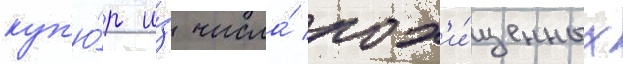
куп'ю́р и́з числа́ пох'и́щенных